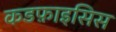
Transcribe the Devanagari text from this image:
कडफ़ाइसिस